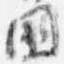
国